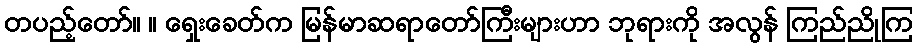
တပည့်တော်။ ။ ရှေးခေတ်က မြန်မာဆရာတော်ကြီးများဟာ ဘုရားကို အလွန် ကြည်ညိုကြ